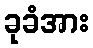
ခုခံအား